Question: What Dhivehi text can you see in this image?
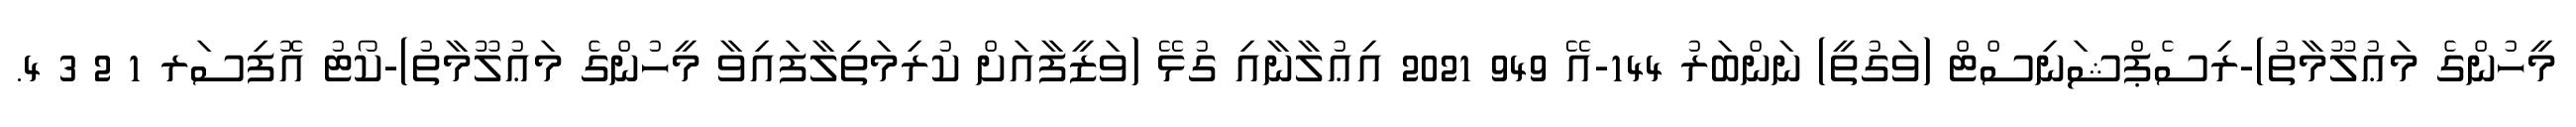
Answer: މީހުންގެ މަޢުލޫމާތު)-ރިސެޕްޝަނިސްޓް (ވަގުތީ) ނަންބަރު 144-އޭ 949 2021 އިޢުލާނާއި ގުޅޭ (ވަޒީފާއަށް ކުރިމަތިލާފައިވާ މީހުންގެ މަޢުލޫމާތު)-ކޯޓު އޮފިސަރ 1 2 3 4.